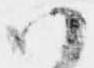
ハ